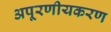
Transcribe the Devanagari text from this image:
अपूरणीयकरण